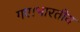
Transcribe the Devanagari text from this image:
गए।भारतीय